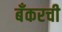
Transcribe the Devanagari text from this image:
बँकरची